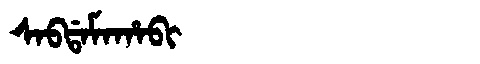
Manchu: ᠰᠠᠪᡩᠠᠮᠠᡥᠠᠪᡳ
Romanization: SABDAMAHABI